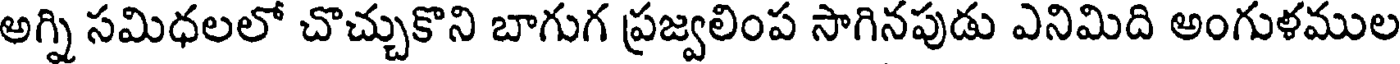
అగ్ని సమిధలలో చొచ్చుకొని బాగుగ ప్రజ్వలింప సాగినపుడు ఎనిమిది అంగుళముల